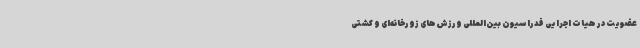
عضویت در هیات اجرایی فدراسیون بین‌المللی ورزش‌های زورخانه‌ای و کشتی